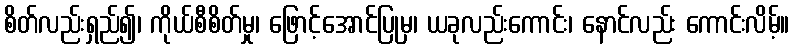
စိတ်လည်းရှည်၍၊ ကိုယ်စီစိတ်မှု၊ ဖြောင့်အောင်ပြုမှ၊ ယခုလည်းကောင်း၊ နောင်လည်း ကောင်းလိမ့်။